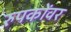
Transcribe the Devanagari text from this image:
रुपकोंवर